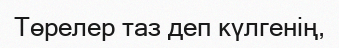
Төрелер таз деп күлгенің,